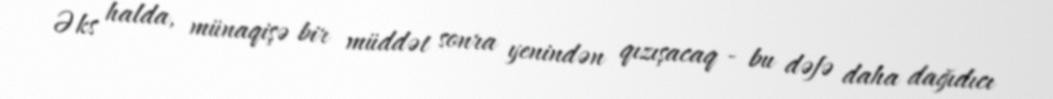
Əks halda, münaqişə bir müddət sonra yenindən qızışacaq - bu dəfə daha dağıdıcı